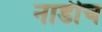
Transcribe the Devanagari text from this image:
नाडीच